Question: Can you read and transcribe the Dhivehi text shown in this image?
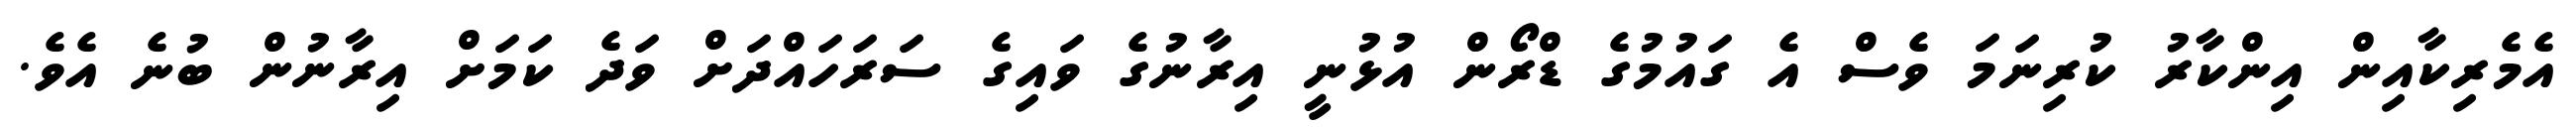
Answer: އެމެރިކާއިން އިންކާރު ކުރިނަމަ ވެސް އެ ގައުމުގެ ޑްރޯން އުޅުނީ އިރާނުގެ ވައިގެ ސަރަހައްދަށް ވަދެ ކަމަށް އިރާނުން ބުނެ އެވެ.